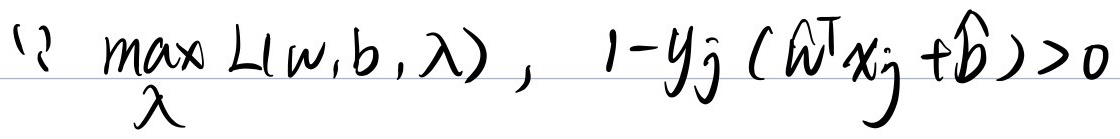
因为 \(\max_{\lambda} L(w,b,\lambda)\)，且 \(1 - y_j (\hat{w}^T x_j+\hat{b})>0\)